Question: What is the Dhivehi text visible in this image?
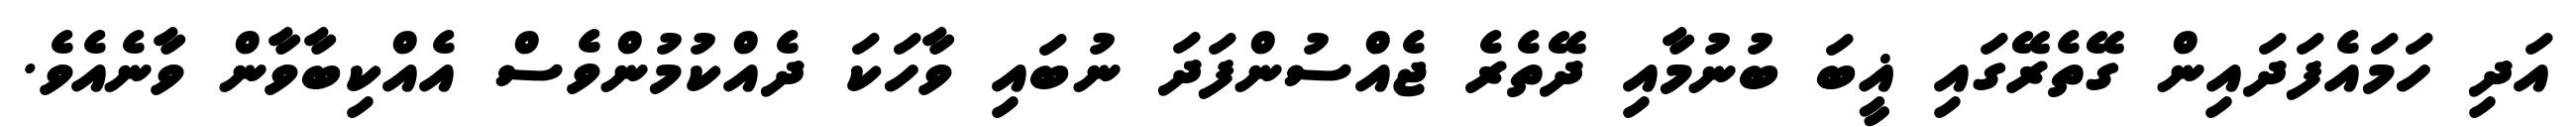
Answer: އަދި ހަމައެފަދައިން ގޭތެރޭގައި ޣީބަ ބުނުމާއި ދޭތެރެ ޖެއްސުންފަދަ ނުބައި ވާހަކަ ދެއްކުމުންވެސް އެއްކިބާވާން ވާނެއެވެ.